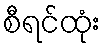
စီရင်ထုံး